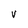
Character: V